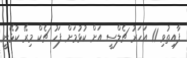
ފާއިތުވި 11 އަހަރު ޗެލްސީ އަށް ކުޅުމަށް ފަހު ޗެކް މިރޭ ކުޅޭނީ